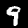
Digit: 9